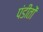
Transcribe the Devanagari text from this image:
पंडीतों